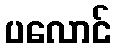
ပလောင်